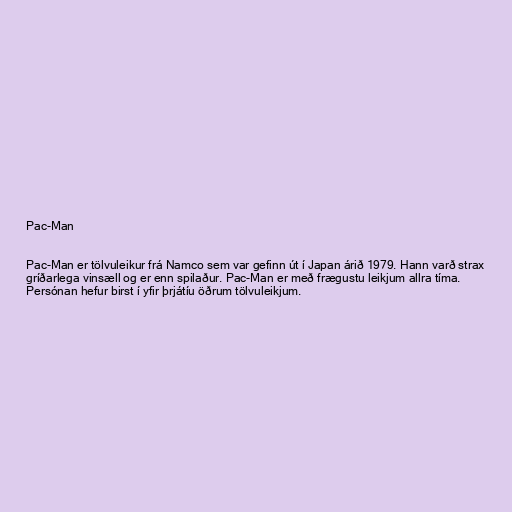
Pac-Man

Pac-Man er tölvuleikur frá Namco sem var gefinn út í Japan árið 1979. Hann varð strax
gríðarlega vinsæll og er enn spilaður. Pac-Man er með frægustu leikjum allra tíma.
Persónan hefur birst í yfir þrjátíu öðrum tölvuleikjum.